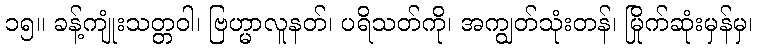
၁၅။ ခန့်ကျုံးသတ္တဝါ၊ ဗြဟ္မာလူနတ်၊ ပရိသတ်ကို၊ အကျွတ်သုံးတန်၊ မြိုက်ဆုံးမှန်မှ၊